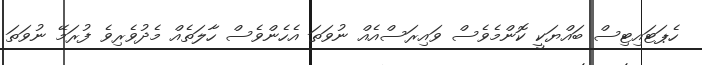
ހެޕަޓައިޓިސް ބައްޔަކީ ކޮންމެވެސް ވައިރަސްއެއް ނުވަތަ އެހެންވެސް ހާލަތެއް މެދުވެރިވެ ފުރަމޭ ނުވަތަ